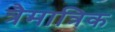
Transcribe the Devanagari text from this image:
त्रैमात्रिक